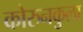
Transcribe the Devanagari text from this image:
कोरुनकुला